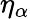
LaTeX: \eta_{\alpha}